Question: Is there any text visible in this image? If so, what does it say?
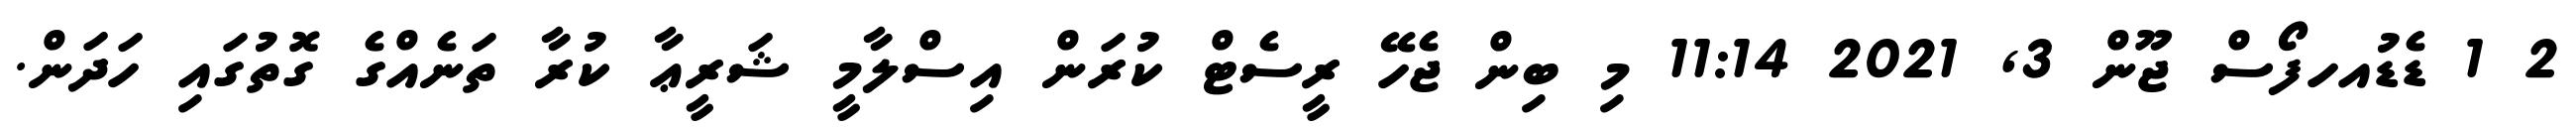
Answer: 2 1 ޑެޑުއހފޯސް ޖޫން 3, 2021 11:14 މި ބިން ޖެހޭ ރީސެޓް ކުރަން އިސްލާމީ ޝަރީޢާ ކުރާ ތަނެއްގެ ގޮތުގައި ހަދަން.